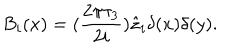
B _ { i } ( x ) = ( \frac { 2 \pi \tau _ { 3 } } { 2 i } ) \hat { z } _ { i } \delta ( x ) \delta ( y ) .